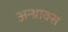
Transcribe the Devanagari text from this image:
अन्थ्राक्स